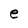
Character: e